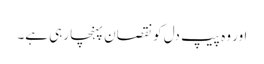
اور وہ پیپ دل کو نقصان پہنچا رہی ہے۔